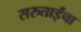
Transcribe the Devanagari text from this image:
सरुताईंचा